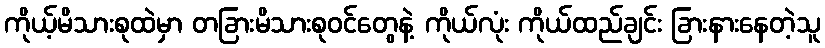
ကိုယ့်မိသားစုထဲမှာ တခြားမိသားစုဝင်တွေနဲ့ ကိုယ်လုံး ကိုယ်ထည်ချင်း ခြားနားနေတဲ့သူ